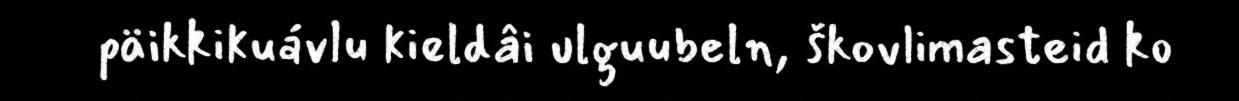
päikkikuávlu kieldâi ulguubeln, škovlimasteid ko